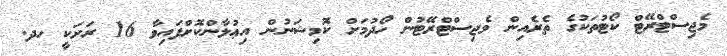
މެޖިސްޓްރޭޓް ކޯޓުތަކުގެ ތެރެއިން މެޖިސްޓްރޭޓުން ހޯދުމަށް ކޮމިޝަނުން އިޢުލާންކޮށްފައިވާ 16 ރަށަކީ ހދ.